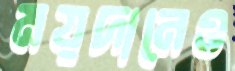
ময়দানেও